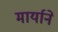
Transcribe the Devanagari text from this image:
मार्याने